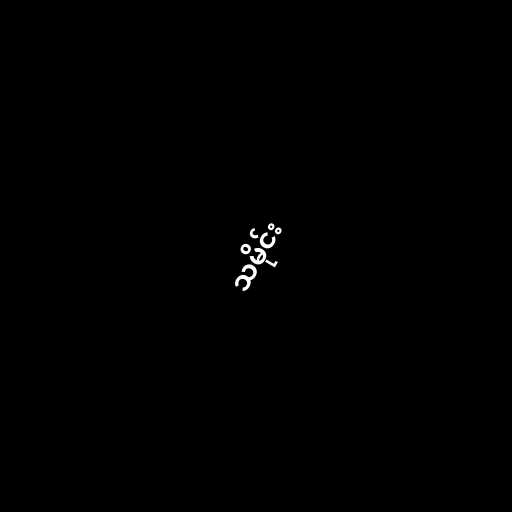
သမိုင်း